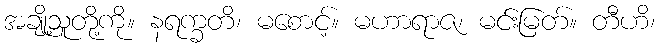
အချို့သူတို့ကို။ နရက္ခတိ၊ မစောင့်။ မဟာရာဇ၊ မင်းမြတ်။ တီဟိ၊